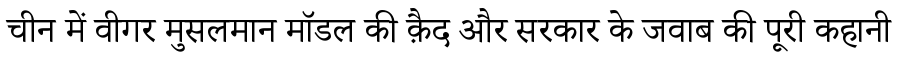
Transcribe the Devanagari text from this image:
चीन में वीगर मुसलमान मॉडल की क़ैद और सरकार के जवाब की पूरी कहानी